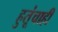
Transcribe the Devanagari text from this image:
हुतूंचाही